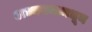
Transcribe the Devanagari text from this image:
अध्ययनामधून